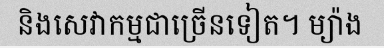
និងសេវាកម្មជាច្រើនទៀត។ ម្យ៉ាង